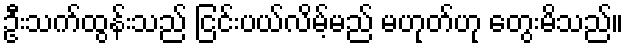
ဦးသက်ထွန်းသည် ငြင်းပယ်လိမ့်မည် မဟုတ်ဟု တွေးမိသည်။